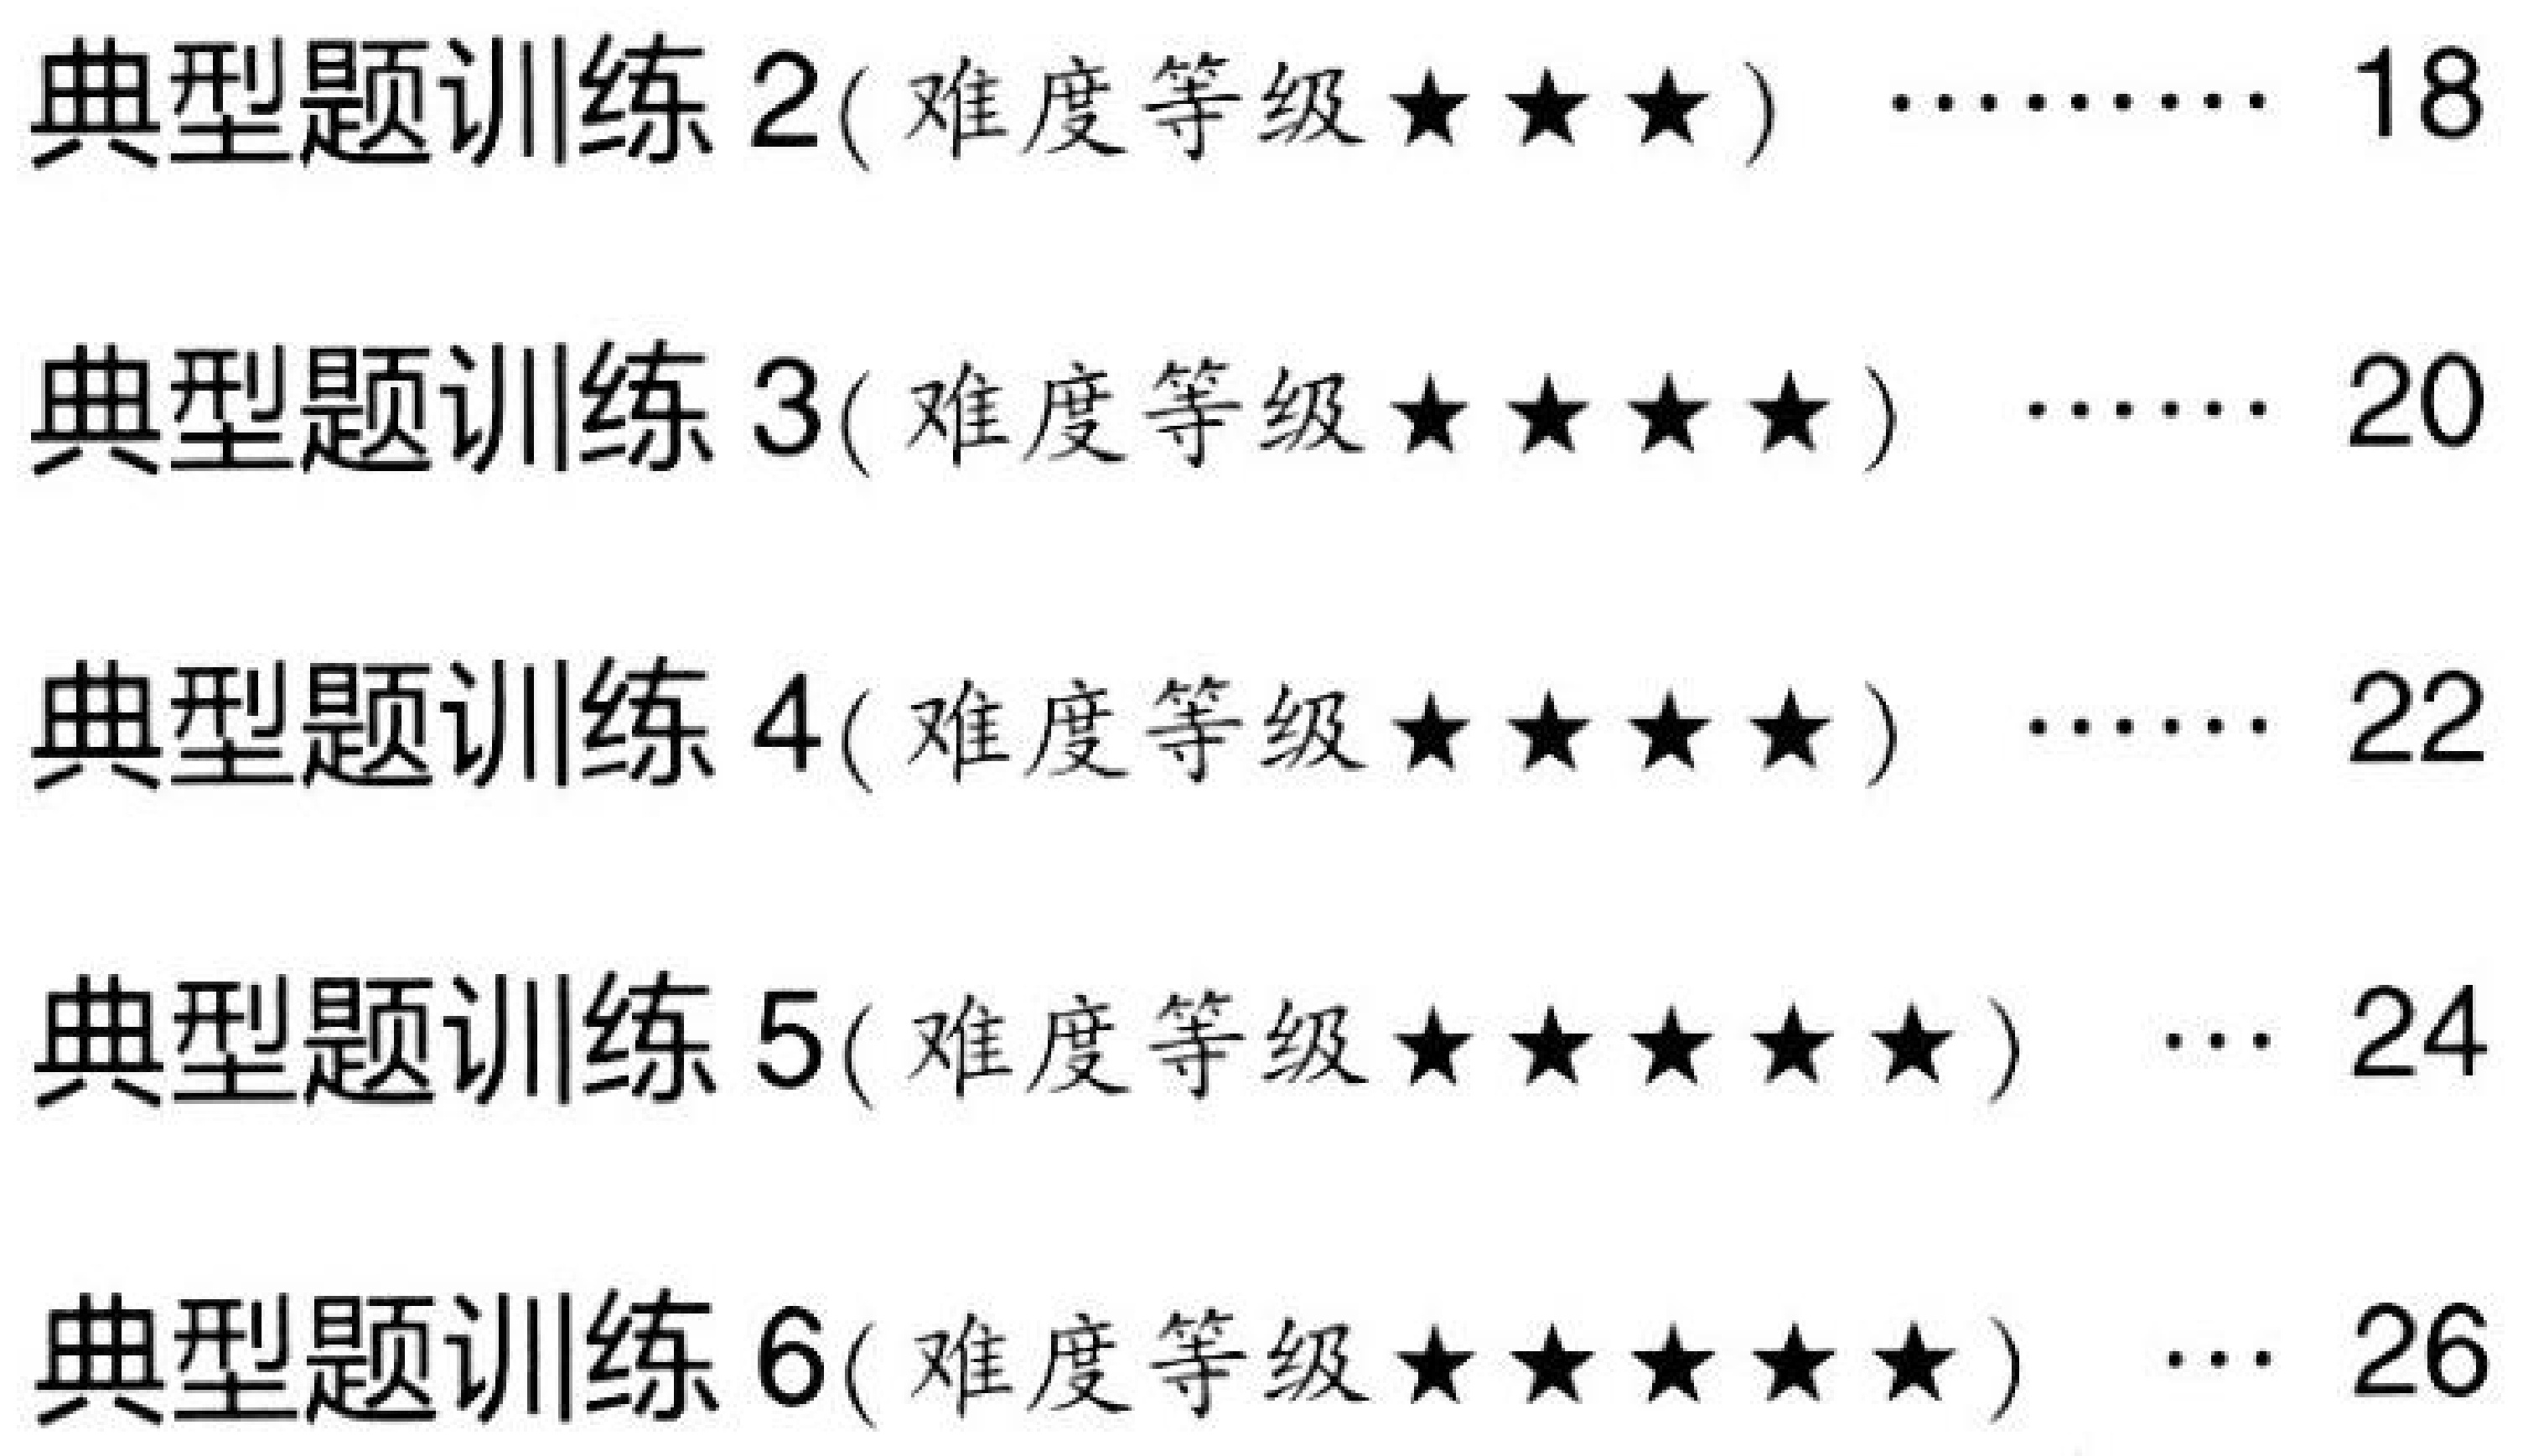
典型题训练 2( 难度等级★★★) ……… 18
典型题训练 3( 难度等级★★★★) …… 20
典型题训练 4( 难度等级★★★★) …… 22
典型题训练 5( 难度等级★★★★★) … 24
典型题训练 6( 难度等级★★★★★) … 26